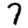
Digit: 7